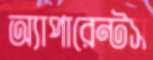
অ্যাপারেন্টস